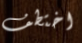
اختطف